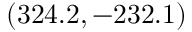
( 3 2 4 . 2 , - 2 3 2 . 1 )